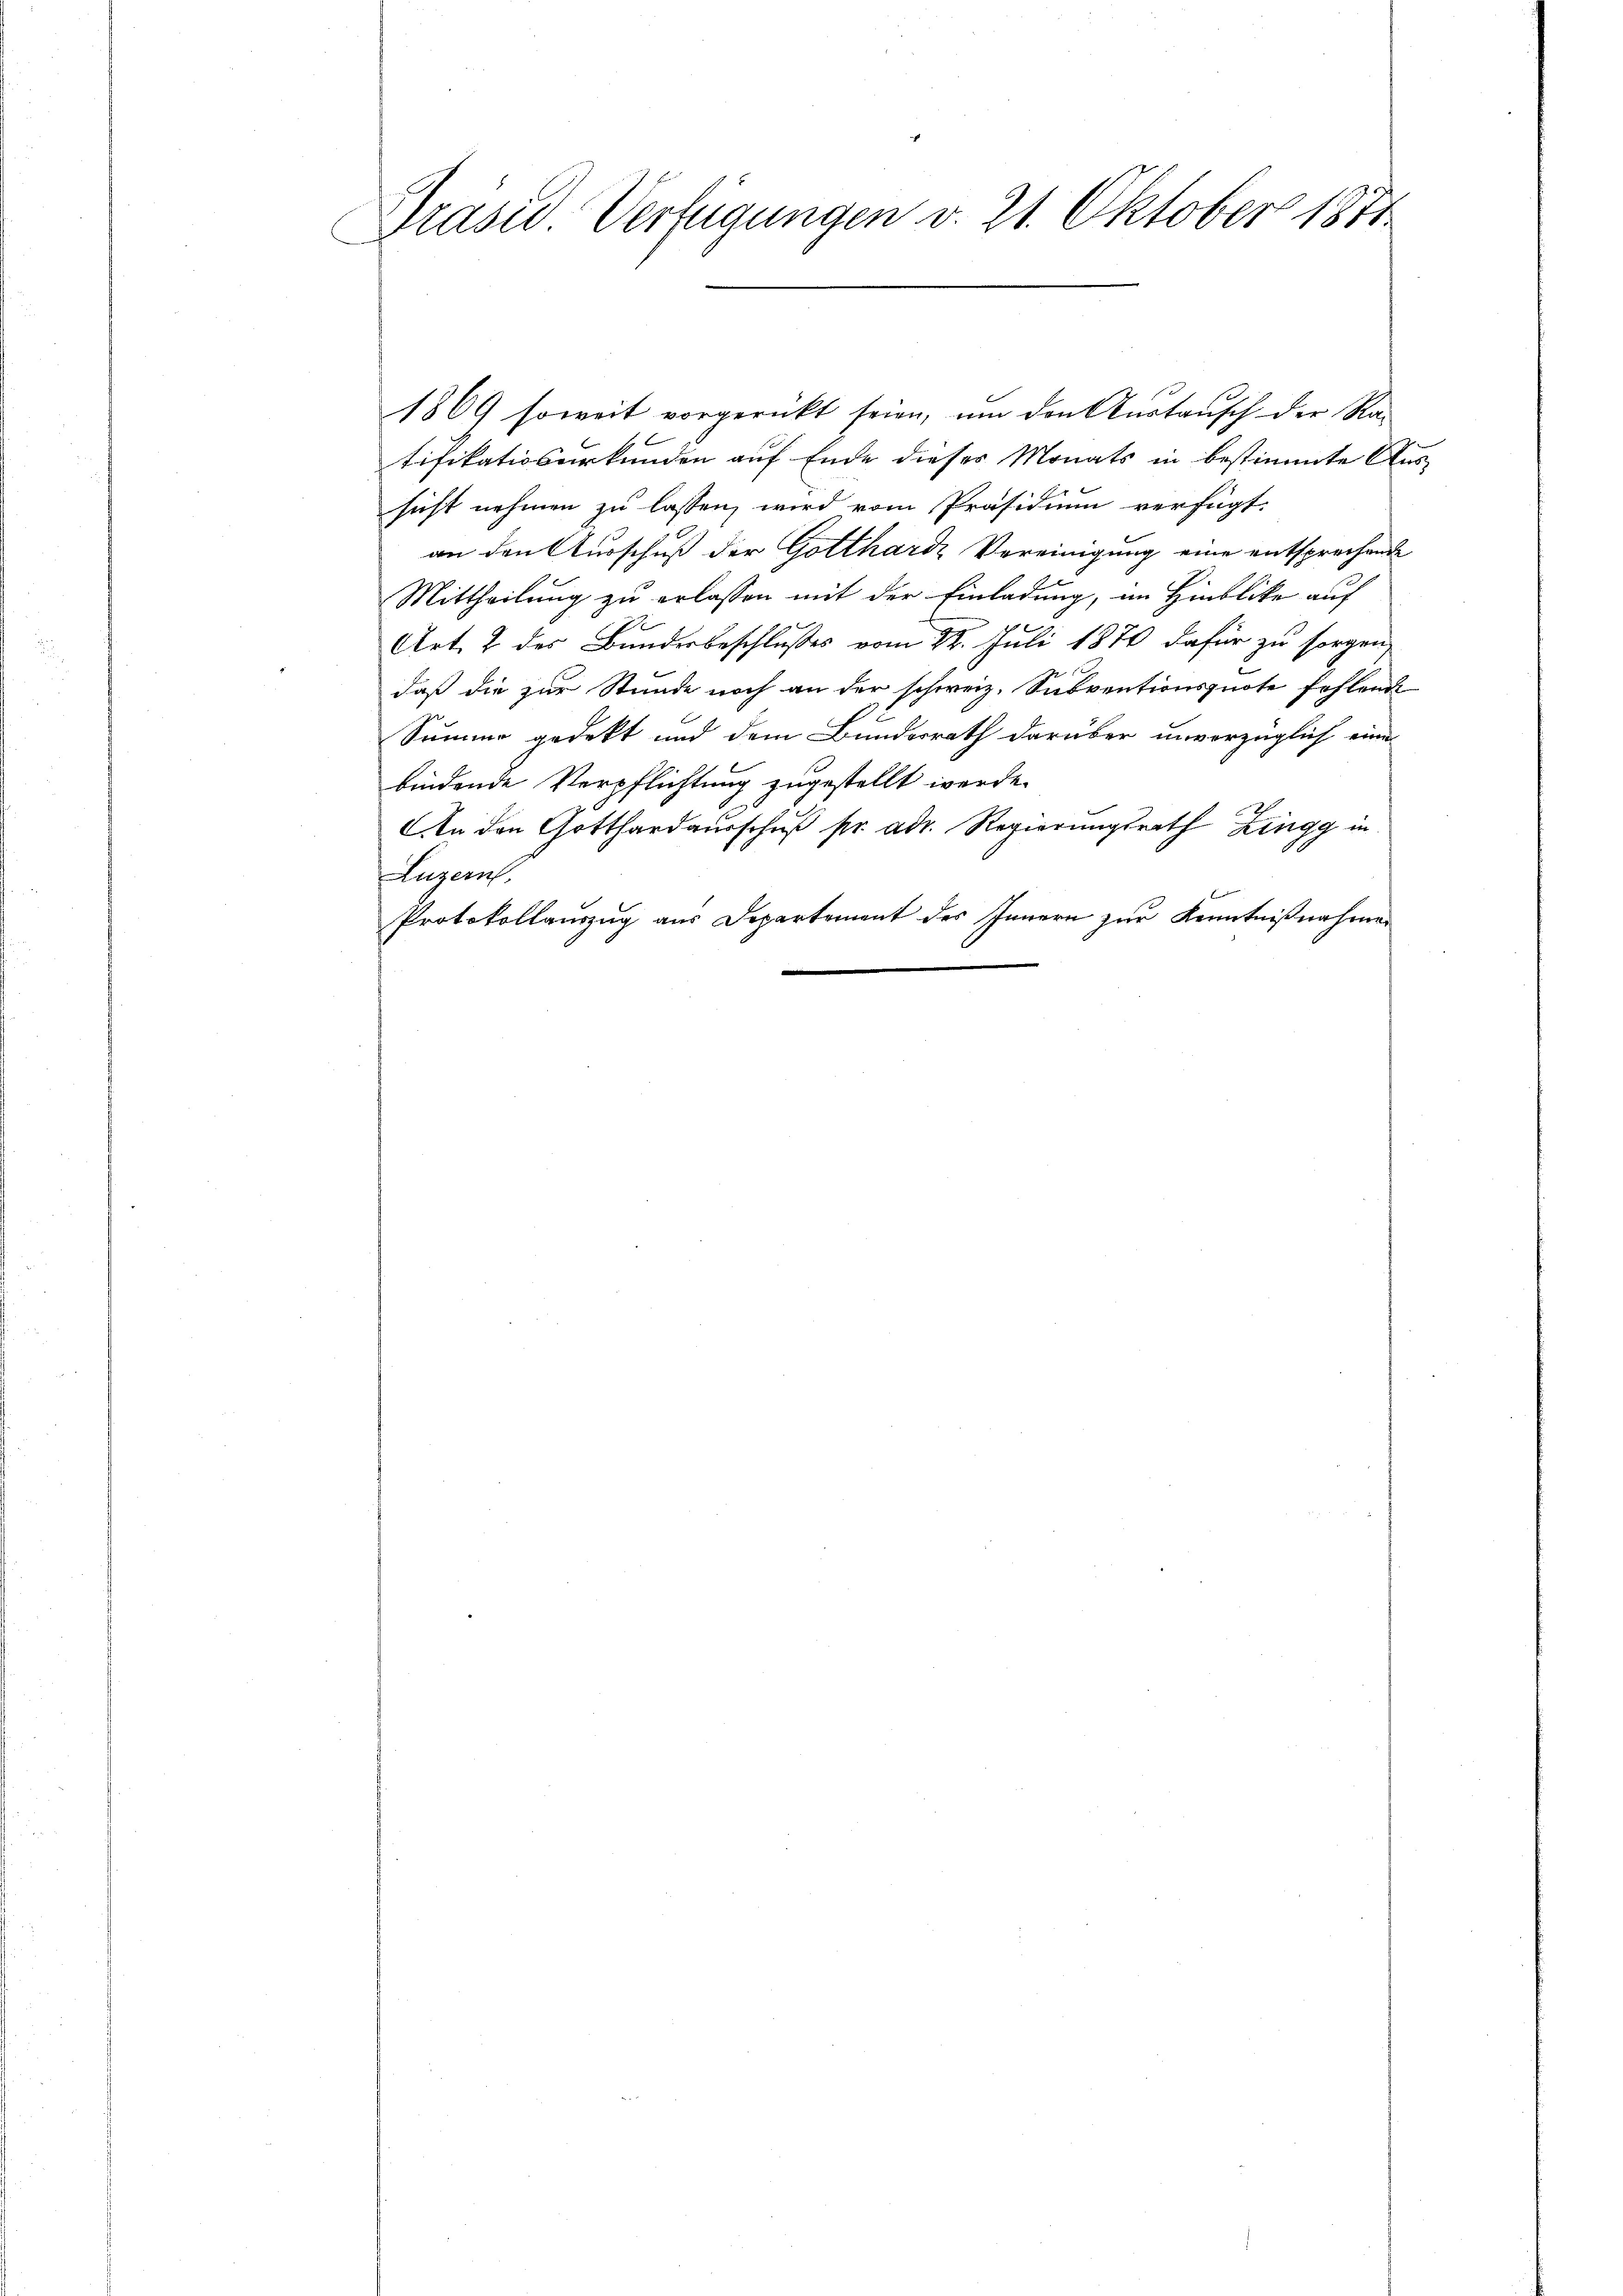
Präses Verfügungen v. 21. Oktober 1811.

1869 soweit vorgerückt seien, um den Austausch der Ratifikatiosurkunden auf Ende dieses Monats in bestimmte Aussicht nehmen zu lassen, wird vom Präsidium verfügt:
an den Ausschuß der Gotthards Vereinigung eine entsprechende
Mittheilung zu erlassen mit der Einladung, im Hinblicke auf
Art. 2 des Bundesbeschlußes vom 22. Juli 1874 dafür zu sorgen,
daß die zur Stande noch an der schweiz. Subventionsquote fehlende
Summe gedekt und dem Bundesrath darüber unvorzüglich eine
bindende Verpflichtung zugestellt werde.
An den Gotthardausschuß pr. ad. Regierungsrath Zingg in
Luzern,
Protokollauszug aus Departement des Innern zur Kenntnißnahmen